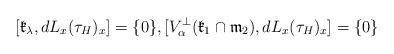
LaTeX: \begin{align*}[\mathfrak{k}_{\lambda }, dL_{x}(\tau_{H})_{x}]=\{ 0\}, [V_{\alpha}^{\perp}(\mathfrak{k}_{1}\cap \mathfrak{m}_{2}), dL_{x}(\tau_{H})_{x}] =\{0\}\end{align*}